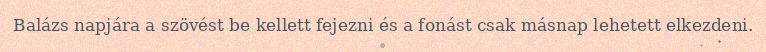
Balázs napjára a szövést be kellett fejezni és a fonást csak másnap lehetett elkezdeni.